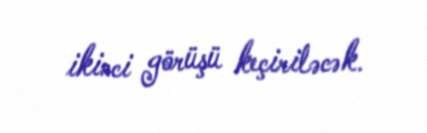
ikinci görüşü keçiriləcək.